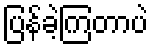
ပြန်ခဲ့ကြတာပဲ